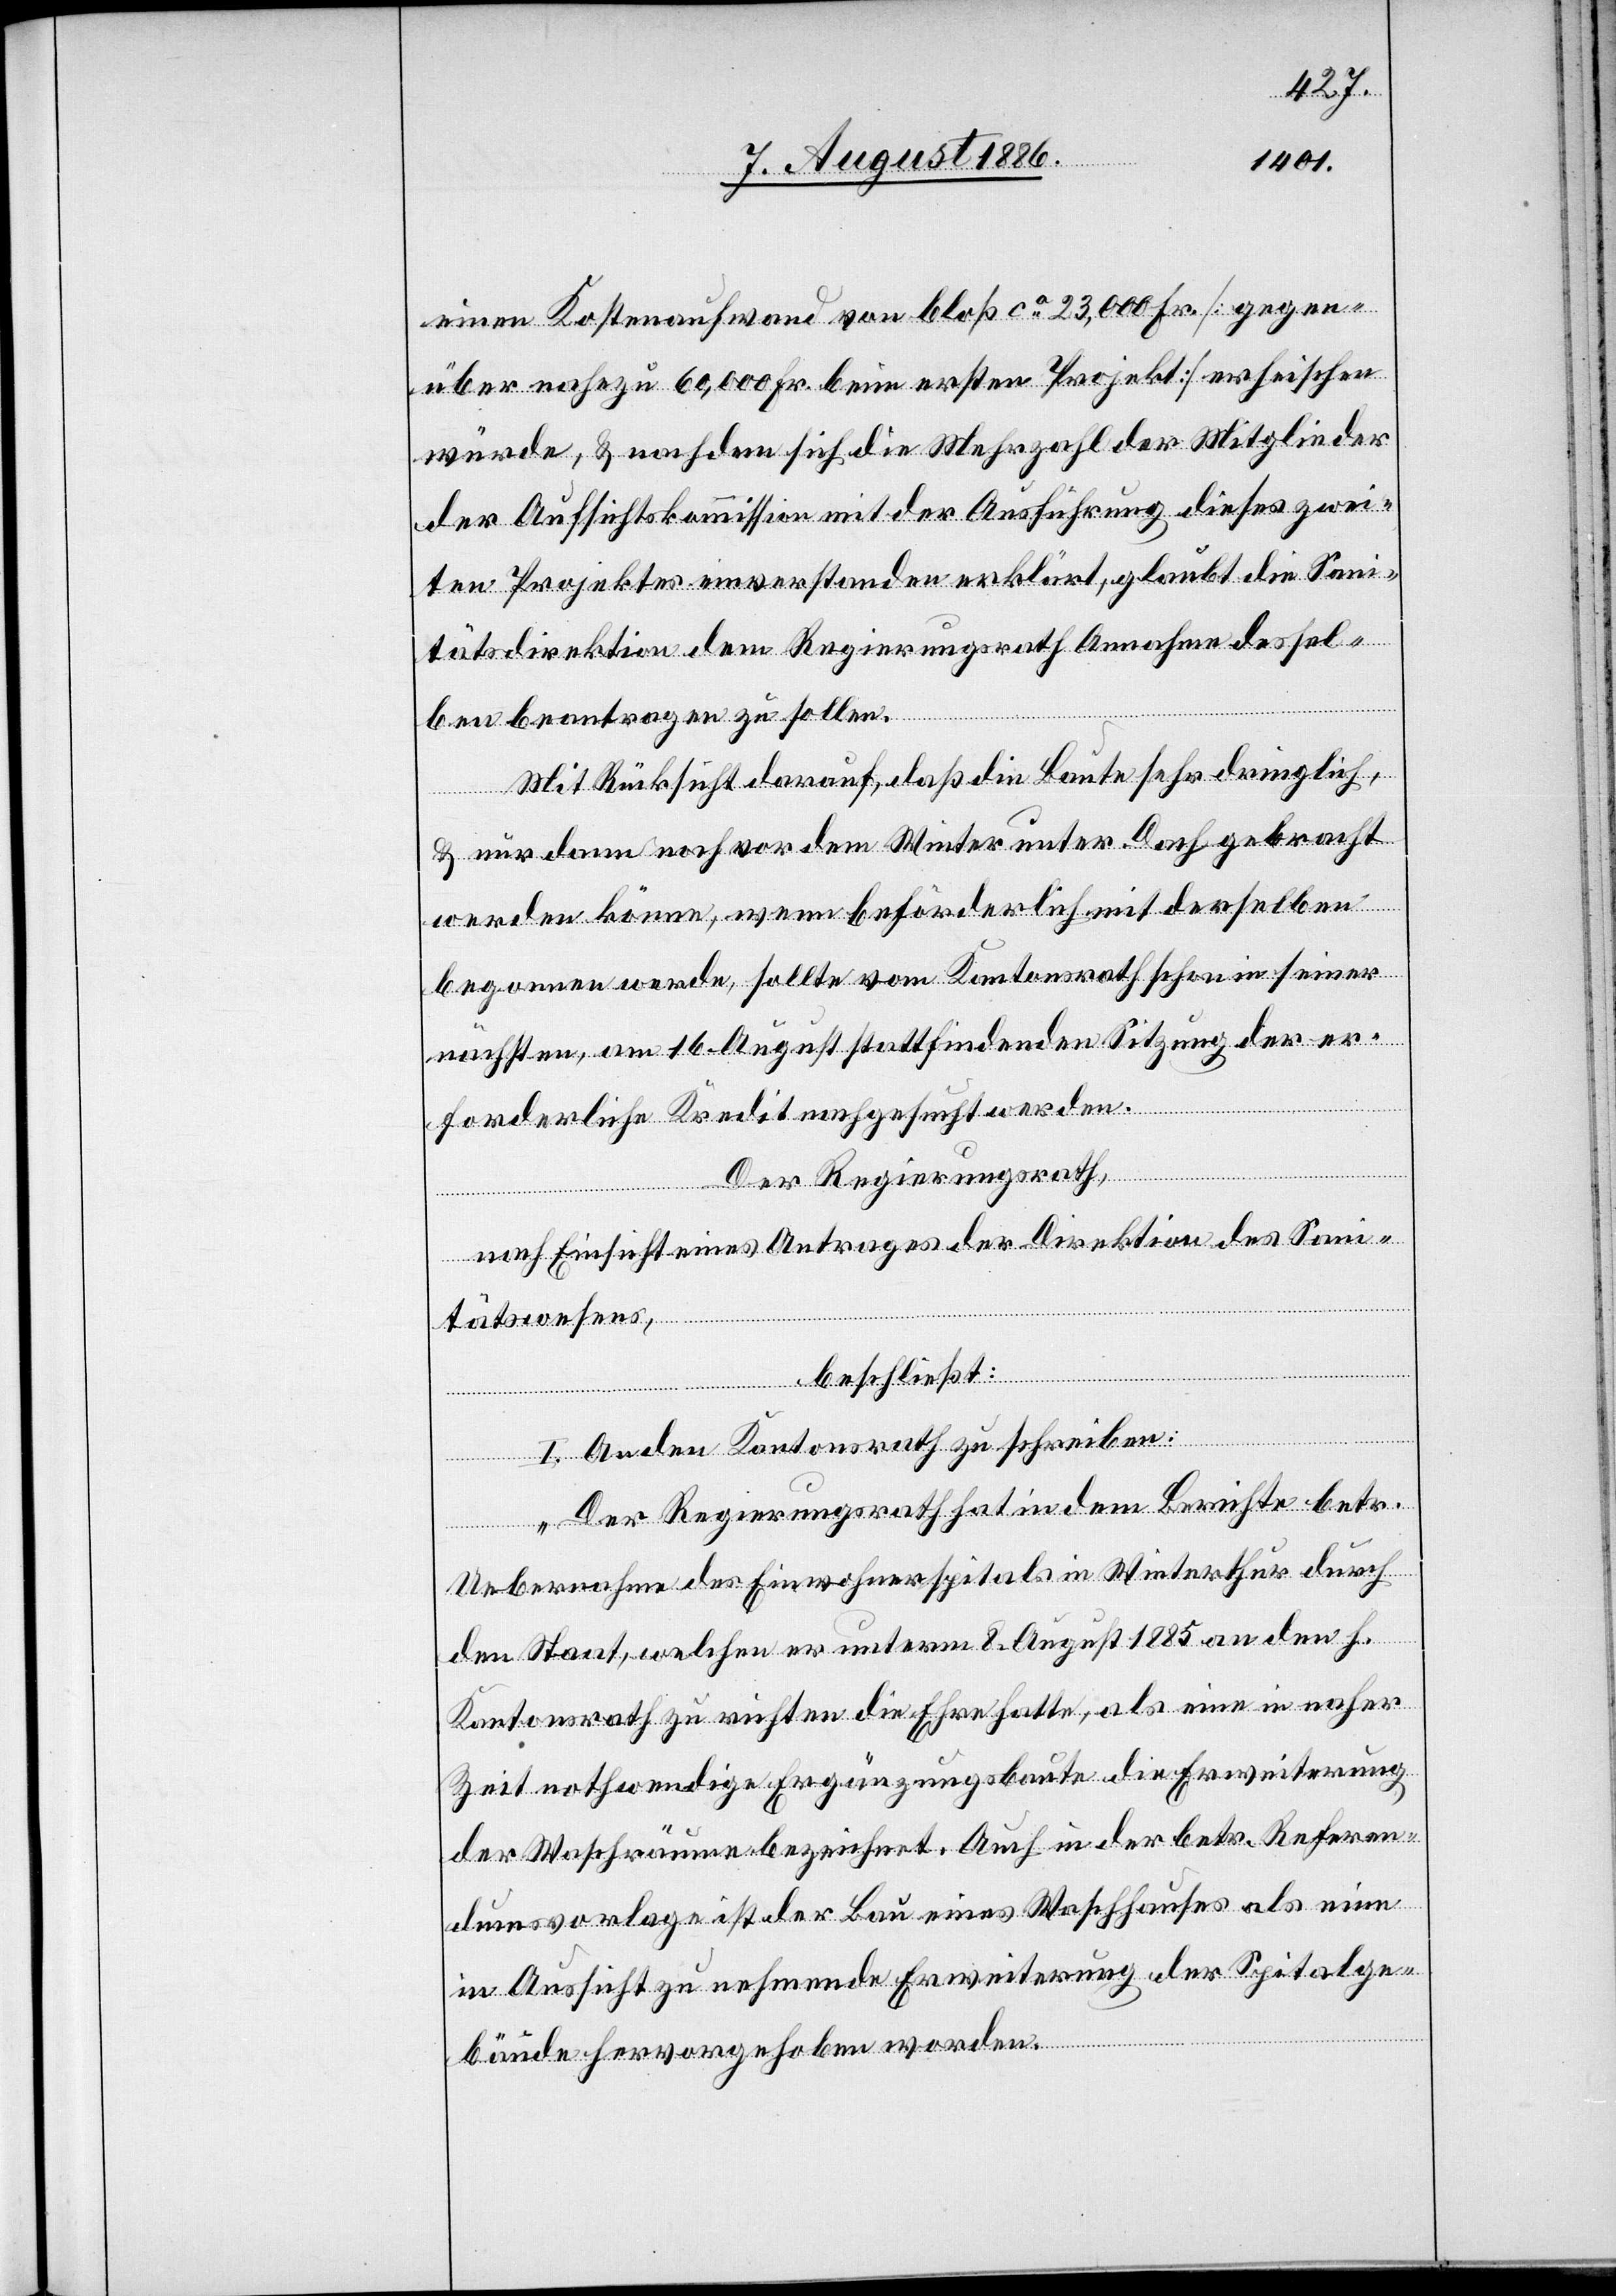
einen Kostenaufwand von bloß ca 23,000 Fr. [gegen¬
über nahezu 60,000 Fr. beim ersten Projekt] erheischen
würde, & nachdem sich die Mehrzahl der Mitglieder
der Aufsichtskommission mit der Ausführung dieses zwei¬
ten Projektes einverstanden erklärt, glaubt die Sani¬
tätsdirektion dem Regierungsrath Annahme dessel¬
ben beantragen zu sollen.
Mit Rücksicht darauf, aß die Baute sehr dringlich,
& nur dann noch vor dem Winter unter Dach gebracht
werden könne, wenn beförderlich mit derselben
begonnen werde, sollte vom Kantonsrath schon in seiner
nächsten, am 16. August stattfindenden Sitzung der er¬
forderliche Kredit nachgesucht werden.
Der Regierungsrath,
nach Einsicht eines Antrages der Direktion des Sani¬
tätswesens,
beschließt:
I. An den Kantonsrath zu schreiben:
„Der Regierungsrath hat in dem Berichte betr.
Uebernahme des Einwohnerspitals in Winterthur durch
den Staat, welchen er unterm 8. August 1885 an den h.
Kantonsrath zu richten die Ehre hatte, als eine in naher
Zeit nothwendige Ergänzungsbaute die Erweiterung
der Waschräume bezeichnet. auch in der betr. Referen¬
dumsvorlage ist der Bau eines Waschhauses als eine
in Aussicht zu nehmende Erweiterung der Spitalge¬
bäude hervorgehoben worden.